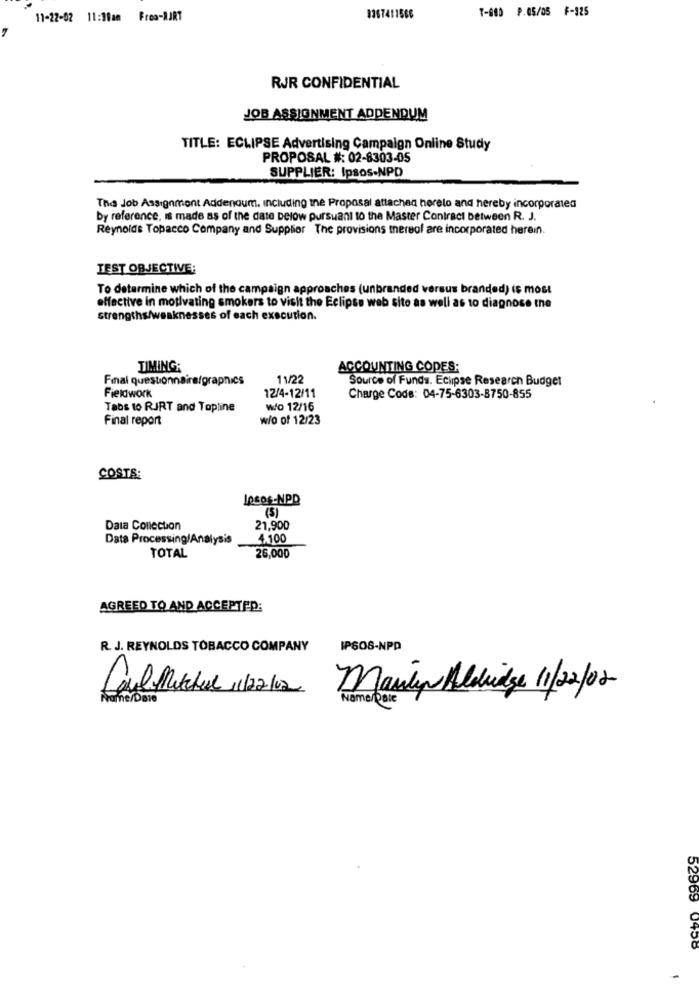
7-080 P.05/05 F-125
11-22-02 11:30am Fres-RJRT
8367411566
RJR CONFIDENTIAL
JOB ASSIGNMENT ADDENDUM
TITLE: ECLIPSE Advertising Campaign Online Study
PROPOSAL #: 02-8303-05
SUPPLIER: Ipsos-NPD
The Job Assignment Addendum. Including the Proposal attached herelo and hereby incorporated
by reference, is made as of the date Delow pursuant to the Master Contract between R. J.
Reynolds Topacco Company and Supplier The provisions mereol are incorporated herein.
TEST OBJECTIVE:
To determine which of the campaign approaches (unbranded versus branded) is most
effective in motivating smokers to visit the Eclipse web site as well as to diagnose the
strengths/weaknesses of each execution.
TIMING;
ACCOUNTING CODES;
Final questionnaire/graphics
11/22
Source of Funds. Eclipse Research Budget
Fieldwork
12/4-12/11
Charge Code: 04-75-6303-8750-855
Tabs to RIRT and Topline
wo 12/16
Final report
w/o of 12/23
COSTS:
lesos-NPD
(5)
Data Collection
21.900
Data Processing/Analysis
4.100
TOTAL
26,000
AGREED TO AND ACCEPTED:
R. J. REYNOLDS TOBACCO COMPANY
IPSOS-NPP
Carl Michel 1/2/02
Marley Aldridge 11/22/02
Name/Dare
Name/Pale
52969 0458